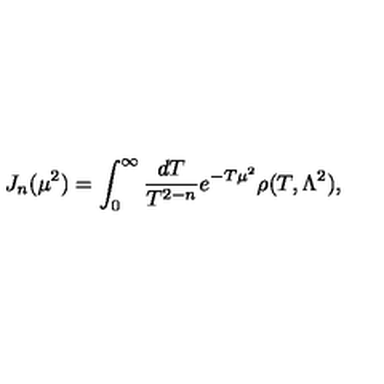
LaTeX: J _ { n } ( \mu ^ { 2 } ) = \int _ { 0 } ^ { \infty } \frac { d T } { T ^ { 2 - n } } e ^ { - T \mu ^ { 2 } } \rho ( T , \Lambda ^ { 2 } ) ,